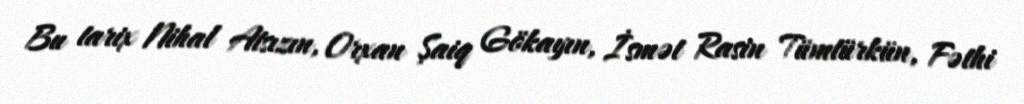
Bu tarix Nihal Atsızın, Orxan Şaiq Gökayın, İsmət Rasin Tümtürkün, Fəthi